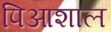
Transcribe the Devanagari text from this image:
पिआशाल